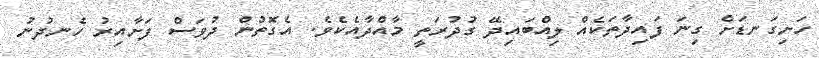
ހަށިގަނޑަށް ގިނަ ފައިދާތަކެއް ލިއްބައިދޭ ގުދުރަތީ މާއްދާއެކެވެ. އެގޮތުން ދުވަސް ފަށާއިރު ހެނދުނު